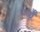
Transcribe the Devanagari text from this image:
एर्य्थ्रैँ